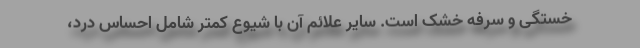
خستگی و سرفه خشک است. سایر علائم آن با شیوع کمتر شامل احساس درد،